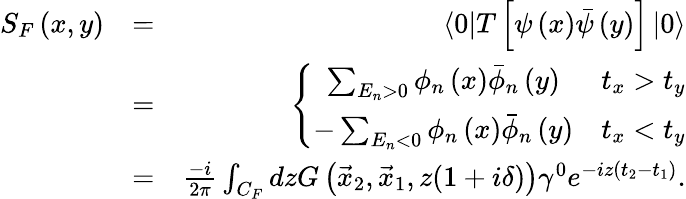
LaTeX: \begin{array}{rlr}{S_{F}\left(x,y\right)}&{=}&{\left<0\right|T\left[\psi\left(x\right)\bar{\psi}\left(y\right)\right]\left|0\right>}\\ &{=}&{\left\{ \begin{array}{cc}{\sum_{E_{n}>0}\phi_{n}\left(x\right)\bar{\phi}_{n}\left(y\right)}&{t_{x}>t_{y}}\\ {-\sum_{E_{n}<0}\phi_{n}\left(x\right)\bar{\phi}_{n}\left(y\right)}&{t_{x}<t_{y}}\end{array}\right.}\\ &{=}&{\frac{-i}{2\pi}\int_{C_{F}}dzG\left(\vec{x}_{2},\vec{x}_{1},z(1+i\delta)\right)\gamma^{0}e^{-iz\left(t_{2}-t_{1}\right)}.}\end{array}